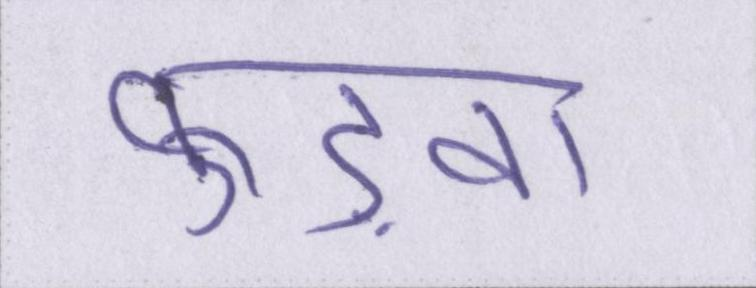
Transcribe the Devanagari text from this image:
फुड़वा